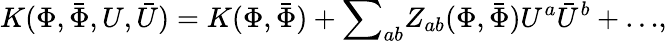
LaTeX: K(\Phi,{\bar{\Phi}},U,{\bar{U}})=K({\Phi},{\bar{\Phi}})+{\sum}_{ab}Z_{ab}({\Phi},{\bar{\Phi}})U^{a}{\bar{U}}^{b}+{\dots},